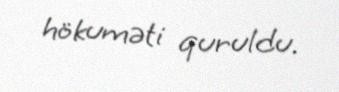
hökuməti quruldu.